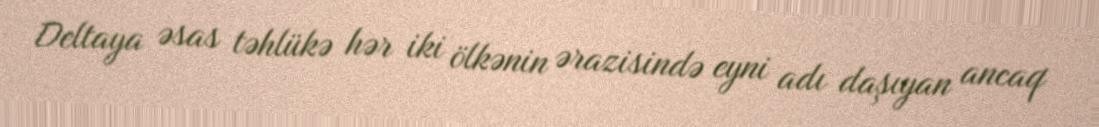
Deltaya əsas təhlükə hər iki ölkənin ərazisində eyni adı daşıyan ancaq